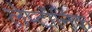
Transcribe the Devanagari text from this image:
लेप्टॉनिक